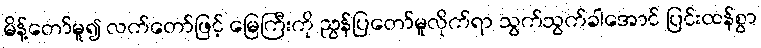
မိန့်တော်မူ၍ လက်တော်ဖြင့် မြေကြီးကို ညွန်ပြတော်မူလိုက်ရာ သွက်သွက်ခါအောင် ပြင်းထန်စွာ